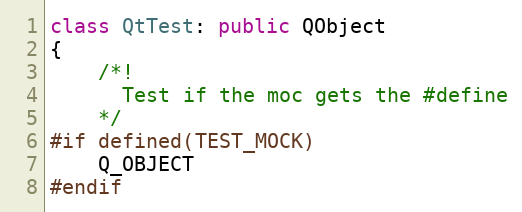
Language: C++
class QtTest: public QObject
{
    /*!
      Test if the moc gets the #define
    */
#if defined(TEST_MOCK)
    Q_OBJECT
#endif